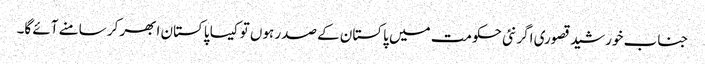
جناب خورشید قصوری اگر نئی حکومت میں پاکستان کے صدر ہوں تو کیسا پاکستان ابھر کر سامنے آئے گا۔